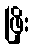
ဖြိုး